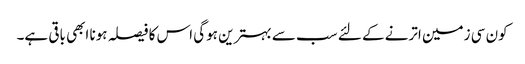
کون سی زمین اترنے کے لئے سب سے بہترین ہوگی اس کا فیصلہ ہونا ابھی باقی ہے۔